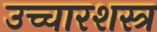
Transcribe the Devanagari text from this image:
उच्चारशस्त्र